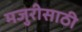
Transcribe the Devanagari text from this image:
मजुरीसाठी